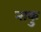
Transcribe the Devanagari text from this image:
नाकु